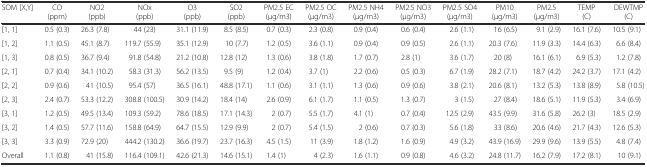
<table><thead><tr><td><b>SOM [X,Y]</b></td><td><b>CO (ppm)</b></td><td><b>NO2 (ppb)</b></td><td><b>NOx (ppb)</b></td><td><b>O3 (ppb)</b></td><td><b>SO2 (ppb)</b></td><td><b>PM2.5 EC (μg/m3)</b></td><td><b>PM2.5 OC (μg/m3)</b></td><td><b>PM2.5 NH4 (μg/m3)</b></td><td><b>PM2.5 NO3 (μg/m3)</b></td><td><b>PM2.5 SO4 (μg/m3)</b></td><td><b>PM10 (μg/m3)</b></td><td><b>PM2.5 (μg/m3)</b></td><td><b>TEMP (C)</b></td><td><b>DEWTMP (C)</b></td></tr></thead><tbody><tr><td>[1, 1]</td><td>0.5 (0.3)</td><td>26.3 (7.8)</td><td>44 (23)</td><td>31.1 (11.9)</td><td>8.5 (8.5)</td><td>0.7 (0.3)</td><td>2.3 (0.8)</td><td>0.9 (0.4)</td><td>0.6 (0.4)</td><td>2.6 (1.1)</td><td>16 (6.5)</td><td>9.1 (2.9)</td><td>16.1 (7.6)</td><td>10.5 (9.1)</td></tr><tr><td>[1, 2]</td><td>1.1 (0.5)</td><td>45.1 (8.7)</td><td>119.7 (55.9)</td><td>35.1 (12.9)</td><td>10 (7.7)</td><td>1.2 (0.5)</td><td>3.6 (1.1)</td><td>0.9 (0.4)</td><td>0.9 (0.5)</td><td>2.6 (1.1)</td><td>20.3 (7.6)</td><td>11.9 (3.3)</td><td>14.4 (6.3)</td><td>6.6 (8.4)</td></tr><tr><td>[1, 3]</td><td>0.8 (0.5)</td><td>36.7 (9.4)</td><td>91.8 (54.8)</td><td>21.2 (10.8)</td><td>12.8 (12)</td><td>1.3 (0.6)</td><td>3.8 (1.8)</td><td>1.7 (0.7)</td><td>2.8 (1)</td><td>3.6 (1.7)</td><td>20 (8)</td><td>16.1 (6.1)</td><td>6.9 (5.3)</td><td>1.2 (7.8)</td></tr><tr><td>[2, 1]</td><td>0.7 (0.4)</td><td>34.1 (10.2)</td><td>58.3 (31.3)</td><td>56.2 (13.5)</td><td>9.5 (9)</td><td>1.2 (0.4)</td><td>3.7 (1)</td><td>2.2 (0.6)</td><td>0.5 (0.3)</td><td>6.7 (1.9)</td><td>28.2 (7.1)</td><td>18.7 (4.2)</td><td>24.2 (3.7)</td><td>17.1 (4.2)</td></tr><tr><td>[2, 2]</td><td>0.9 (0.6)</td><td>41 (10.5)</td><td>95.4 (57)</td><td>36.5 (16.1)</td><td>48.8 (17.1)</td><td>1.1 (0.6)</td><td>3.1 (1.1)</td><td>1.3 (0.6)</td><td>0.9 (0.6)</td><td>3.8 (2.1)</td><td>20.6 (8.1)</td><td>13.2 (5.3)</td><td>13.8 (8.9)</td><td>5.8 (10.5)</td></tr><tr><td>[2, 3]</td><td>2.4 (0.7)</td><td>53.3 (12.2)</td><td>308.8 (100.5)</td><td>30.9 (14.2)</td><td>18.4 (14)</td><td>2.6 (0.9)</td><td>6.1 (1.7)</td><td>1.1 (0.5)</td><td>1.3 (0.7)</td><td>3 (1.5)</td><td>27 (8.4)</td><td>18.6 (5.1)</td><td>11.9 (5.3)</td><td>3.4 (6.9)</td></tr><tr><td>[3, 1]</td><td>1.2 (0.5)</td><td>49.5 (13.4)</td><td>109.3 (59.2)</td><td>78.6 (18.5)</td><td>17.1 (14.3)</td><td>2 (0.7)</td><td>5.5 (1.7)</td><td>4.1 (1)</td><td>0.7 (0.4)</td><td>12.5 (2.9)</td><td>43.5 (9.9)</td><td>31.6 (5.8)</td><td>26.2 (3)</td><td>18.5 (2.9)</td></tr><tr><td>[3, 2]</td><td>1.4 (0.5)</td><td>57.7 (11.6)</td><td>158.8 (64.9)</td><td>64.7 (15.5)</td><td>12.9 (9.9)</td><td>2 (0.7)</td><td>5.4 (1.5)</td><td>2 (0.6)</td><td>0.7 (0.3)</td><td>5.6 (1.8)</td><td>33 (8.6)</td><td>20.6 (4.6)</td><td>21.7 (4.3)</td><td>12.6 (5.3)</td></tr><tr><td>[3, 3]</td><td>3.3 (0.9)</td><td>72.9 (20)</td><td>444.2 (130.2)</td><td>36.6 (19.7)</td><td>23.7 (16.3)</td><td>4.5 (1.5)</td><td>11 (3.9)</td><td>1.8 (1.2)</td><td>1.6 (0.9)</td><td>4.9 (3.2)</td><td>43.9 (16.9)</td><td>29.9 (9.6)</td><td>13.9 (5.5)</td><td>4.8 (7.4)</td></tr><tr><td>Overall</td><td>1.1 (0.8)</td><td>41 (15.8)</td><td>116.4 (109.1)</td><td>42.6 (21.3)</td><td>14.6 (15.1)</td><td>1.4 (1)</td><td>4 (2.3)</td><td>1.6 (1.1)</td><td>0.9 (0.8)</td><td>4.6 (3.2)</td><td>24.8 (11.7)</td><td>16.2 (7.9)</td><td>17.2 (8.1)</td><td>10 (9.1)</td></tr></tbody></table>